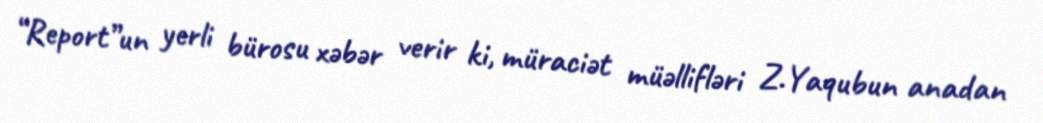
“Report”un yerli bürosu xəbər verir ki, müraciət müəllifləri Z.Yaqubun anadan